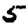
Digit: 5